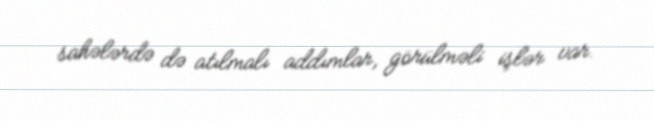
sahələrdə də atılmalı addımlar, görülməli işlər var.